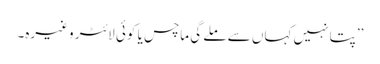
’’پتا نہیں کہاں سے ملے گی ماچس یا کوئی لائٹر وغیرہ۔